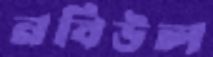
নবিউল